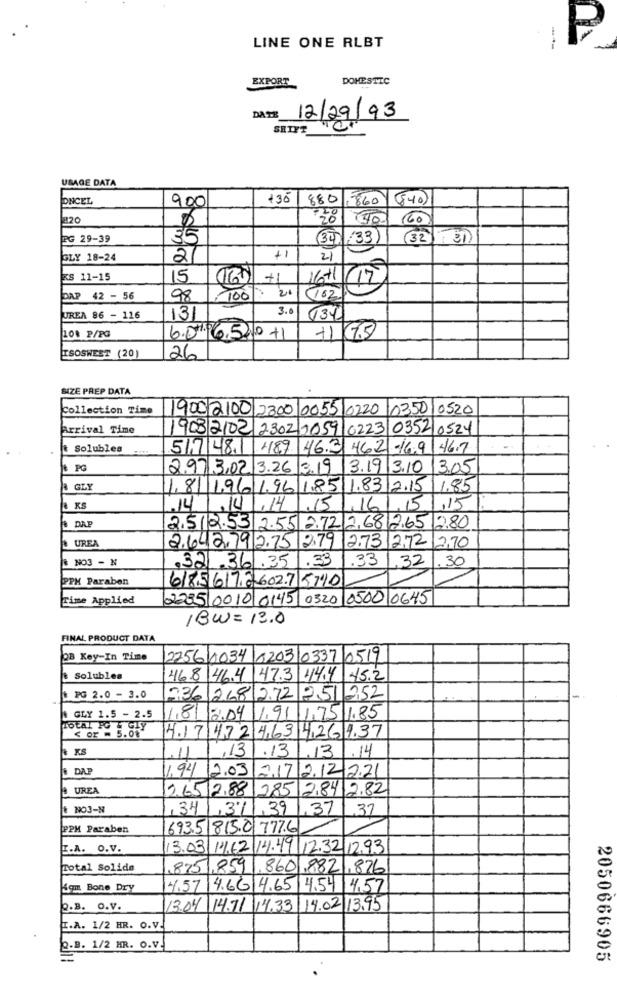
LINE ONE RLBT
P
EXPORT
DOMESTIC
DATE
12/29/93
SETYT
USAGE DATA
ONCEL
900
135
880
860 (840)
220
140
(60
PG 29-39
35
34
:33
(32)
+1
SLY 18-24
2/
21
1611/15
KS 11-15
15
(161 +1
100 : 20
DAP 42 - 56
98
(162
3.0
UREA 86 - 116
131
134
10% P/PG
6.0.6520+1
+1 7.5
ISOSWEST (20)
26
SIZE PREP DATA
Collection Time
1900 2100 2300 0055 0220
035010520
Arrival Time
1903/2102 2302 0059 0223 0352 0524
# Solubles
51.7 48.1 487 46.3 462 16.9
46.7
& PG
2.97 3,02 3.26
3.19
3.19 3.10
3.05
# GLY
1,8 1,96 1.96 1.85/1.83
2.15
1.85
,15
la KS
15
16
15
8 DAP
280
2.512.53 2.55
2.72
2,68 265
UREA
2.73
2.72
2,70
2.642,79 2.75 279
# NO3 - N
.32.361.35
33
.33
.32
.30
PPH Paraben
6185617260275740
Time Applied
2235 0010 0145 0320 0500 0645
/BW=13.0
FINAL PRODUCT DATA
OB Key-In Time
2256 0034 8203 0337 0519
# Solubles
46.8 46.4 47.3 44.4 45.2
& PG 2.0 - 3.0
336 268 2.72 251 252
-
GLY 1.5 - 2.5
1.8 2.04 1,91 1.75 1.85
TOTAL IG & GLY
< Or = 5.08
4.17 472 463 426 137
N KS
.11
,13
.13
3
.14
# DAP
1.94 2.03
2.17
2.1222
UREA
2.65 2.88
285 284 2.82
NO3-N
,341
,3%
,39
1,37
.37
PPM Paraben
693.5 815.0 777.6
I.A. O.V.
3.03/14.62 14.44 12.32 12.93
Total Solide
875.859.8601.8821,876
iam Bone Dry
4.57
4.66 14.65
4.54
4.57
2.B. O.V.
13.04 14.71
14.33
14.02/13,95
I.A. 1/2 HR. O.V.
Q.B. 1/2 HR. O.V.
2050666905